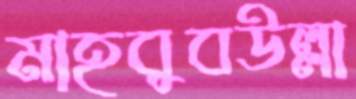
মাহবুবউল্লা